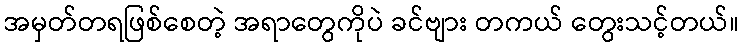
အမှတ်တရဖြစ်စေတဲ့ အရာတွေကိုပဲ ခင်ဗျား တကယ် တွေးသင့်တယ်။